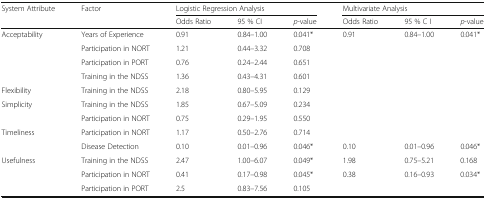
| System Attribute | Factor | <COLSPAN=3> Logistic Regression Analysis | <COLSPAN=3> Multivariate Analysis |
 |  |  | Odds Ratio | 95 % CI | p-value | Odds Ratio | 95 % C I | p-value |
 | --- | --- | --- | --- | --- | --- | --- | --- |
 | <ROWSPAN=4> Acceptability | Years of Experience | 0.91 | 0.84–1.00 | 0.041* | 0.91 | 0.84–1.00 | 0.041* |
 | Participation in NORT | 1.21 | 0.44–3.32 | 0.708 |  |  |  |
 | Participation in PORT | 0.76 | 0.24–2.44 | 0.651 |  |  |  |
 | Training in the NDSS | 1.36 | 0.43–4.31 | 0.601 |  |  |  |
 | Flexibility | Training in the NDSS | 2.18 | 0.80–5.95 | 0.129 |  |  |  |
 | <ROWSPAN=2> Simplicity | Training in the NDSS | 1.85 | 0.67–5.09 | 0.234 |  |  |  |
 | Participation in NORT | 0.75 | 0.29–1.95 | 0.550 |  |  |  |
 | <ROWSPAN=2> Timeliness | Participation in NORT | 1.17 | 0.50–2.76 | 0.714 |  |  |  |
 | Disease Detection | 0.10 | 0.01–0.96 | 0.046* | 0.10 | 0.01–0.96 | 0.046* |
 | <ROWSPAN=3> Usefulness | Training in the NDSS | 2.47 | 1.00–6.07 | 0.049* | 1.98 | 0.75–5.21 | 0.168 |
 | Participation in NORT | 0.41 | 0.17–0.98 | 0.045* | 0.38 | 0.16–0.93 | 0.034* |
 | Participation in PORT | 2.5 | 0.83–7.56 | 0.105 |  |  |  |